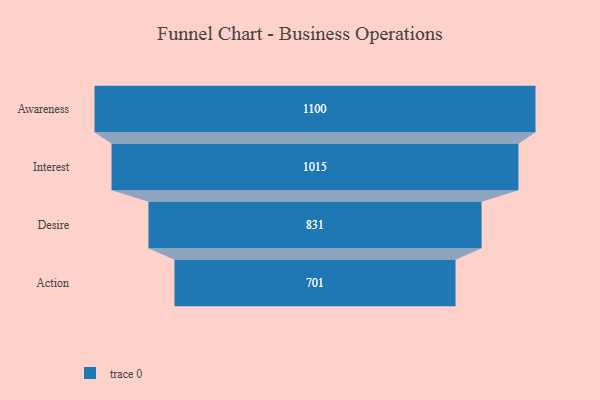
{"axis": {"x": "Stage", "y": "Value"}, "legend": [""], "data": [{"x": "Awareness", "y": 1100.0, "type": ""}, {"x": "Interest", "y": 1015.0, "type": ""}, {"x": "Desire", "y": 831.0, "type": ""}, {"x": "Action", "y": 701.0, "type": ""}]}